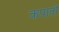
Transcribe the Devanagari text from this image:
कपाती